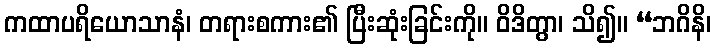
ကထာပရိယောသာနံ၊ တရားစကား၏ ပြီးဆုံးခြင်းကို။ ဝိဒိတွာ၊ သိ၍။ “ဘဂိနိ၊